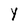
Character: y